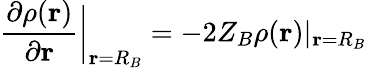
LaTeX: \frac{\partial\rho(\mathbf{r})}{\partial\mathbf{r}}\bigg|_{\mathbf{r}=R_{B}}=-2Z_{B}\rho(\mathbf{r})|_{\mathbf{r}=R_{B}}